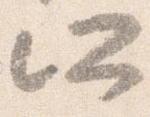
所